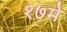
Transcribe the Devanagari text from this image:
१७मे